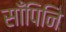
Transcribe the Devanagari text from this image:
साँपिनि